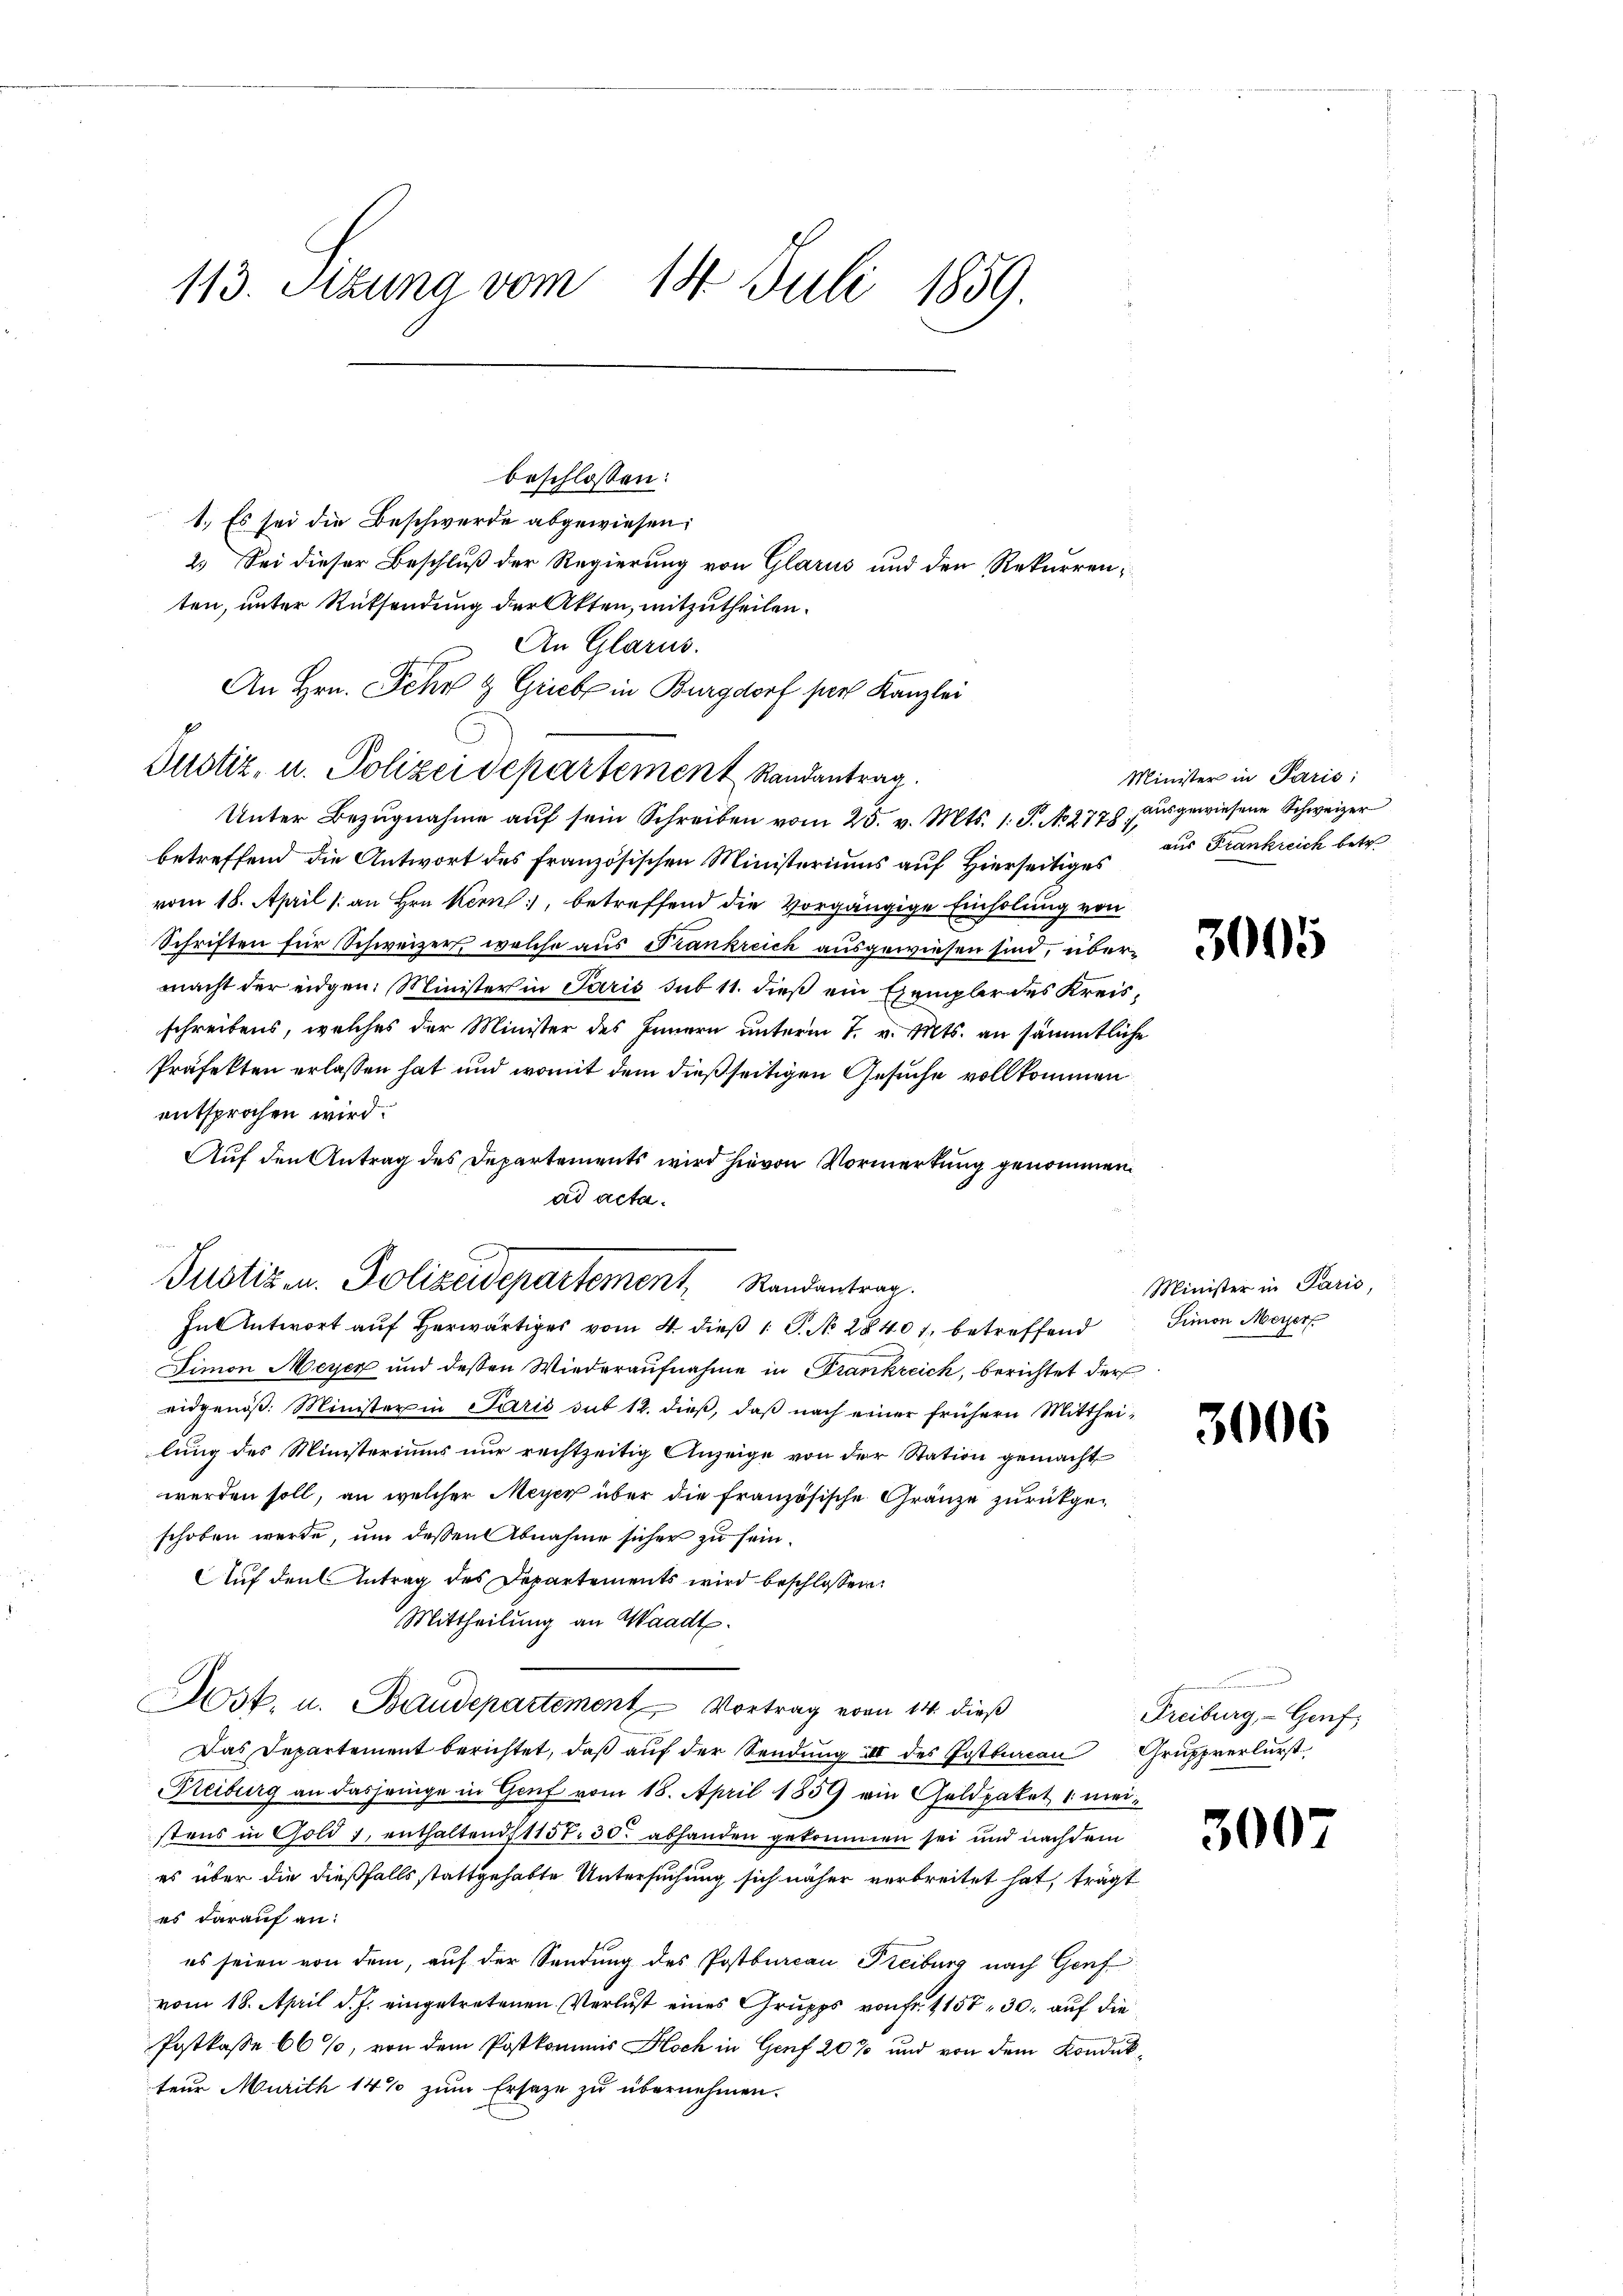
113. Setzung vom 14. Juli 1859.

beschlossen:
1. Es sei die Beschwerde abgewiesen:
2.) Sei dieser Beschluß der Regierung von Glarus und den Rekurrenten, unter Rüksendung der Akten, mitzutheilen.
An Glarus.
An Hrn. Sehr & Grieb in Burgdorf per Kanzlei
Justiz, u. Polizeidepartement Randantrag
Unter Bezŭgnahme aŭf sein Schreiben vom 25. v. Mts. 1. P. N. 2778 aŭsgewiesene Schweizer
betreffend die Antwort des französischen Ministeriums auf Hierseitiges
vom 18. April 1 an Hrn Kern, betreffend die vorgängige Einholung von
Schriften für Schweizer, welche aus Frankreich ausgewiesen sind, übermacht der eidgen. Minister in Paris sub 11. dieß ein Gempler des Kreisschreibens, welches der Minister des Innern unterm 7. v. Mts. an sämmtliche
Präfekten erlassen hat und womit dem dießseitigen Gesuche vollkommen
entsprochen wird.
Auf den Antrag des Departements wird hievon Vormerkung genommen.
ad acta.
Fnl Antwort auf herwärtiges vom 4. dieß 1 S. No. 28401, betreffend
Dimon Meyer und dessen Wiederaufnahme in Frankreich, berichtet der
eidgenöß: Minister in Paris sub 12. dieß, daß nach einer frühern Mittheilung des Ministeriums nur rechtzeitig Anzeige von der Station gemacht
werden soll, an welcher Meyer über die französische Gränze zurückgeschoben werde, um dessen Abnahme sicher zu sein.
Auf den Antrag des Departements wird beschlossen:
Mittheilung an Waadt.
Ast. u. Baudepartement Vortrag vom 14. dieß
Das Departement berichtet, daß auf der Sendung III des Postbureau Gruppverlurst
Freiburg an dasjenige in Genf vom 18. April 1859 ein Goldpaket meistens in Gold 1, enthaltend 1157. 30. abhanden gekommen sei und nachdem
es über die dießfalls stattgehabte Untersuchung sich näher verbreitet hat, trägt
es darauf an:
es seien von dem, auf der Sendung des Postbureau Freiburg nach Genf
vom 18. April d. J. eingetretenen Verlust eines Grupps von fr. 1157, 30. auf die
Postkasse 60%, von dem Postkommis Hoch in Genf 20% und von dem Kondukteur Murith 14 % zum Ersatze zu übernehmen.

¬

Justiz u. Polizeidepartement, Randantrag.

Minister in Paris;
aus Frankreich betr.

3005

Minister in Paris,
Simon Meyer

3006

n
Freiburg, - Genf

3007